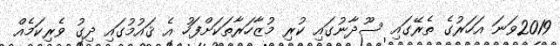
2019ވަނަ އަހަރުގެ ތެރޭގައި ސޫދާނުގައި ކުރި މުޒާހަރާތަކަށްފަހު އެ ޤައުމުގައި ދިގު ވެރިކަމެއް